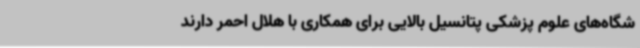
شگاه‌های علوم پزشکی پتانسیل بالایی برای همکاری با هلال احمر دارند